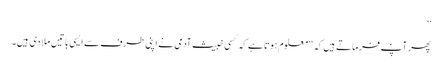
’’
پھر آپؑ فرماتے ہیں کہ ‘‘معلوم ہوتا ہے کہ کسی خبیث آدمی نے اپنی طرف سے ایسی باتیں ملا دی ہیں۔